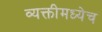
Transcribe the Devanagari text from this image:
व्यक्तीमध्येच